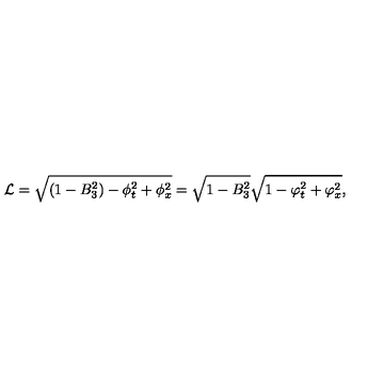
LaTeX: { \cal L } = \sqrt { ( 1 - B _ { 3 } ^ { 2 } ) - \phi _ { t } ^ { 2 } + \phi _ { x } ^ { 2 } } = \sqrt { 1 - B _ { 3 } ^ { 2 } } \sqrt { 1 - \varphi _ { t } ^ { 2 } + \varphi _ { x } ^ { 2 } } ,